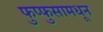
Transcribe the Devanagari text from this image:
फुप्फुसामधून